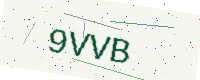
Text: 9VVB